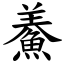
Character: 鯗